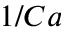
1 / C a